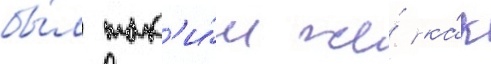
бы́л так'и́м же́ ка́к